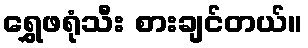
ရွှေဖရုံသီး စားချင်တယ်။